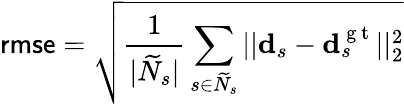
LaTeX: \textsf{rmse}=\sqrt{\frac{1}{|\widetilde{N}_{s}|}\sum_{s\in\widetilde{N}_{s}}||\mathbf{d}_{s}-\mathbf{d}_{s}^{\mathrm{~g~t~}}||_{2}^{2}}